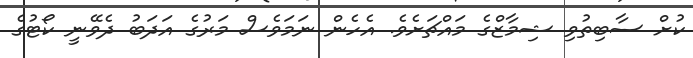
ކުށް ސާބިތުވި ޝިމާޒްގެ މައްޗަށެވެ. އެހެން ނަމަވެސް މަރުގެ އަދަބު ދެވޭނީ ކޯޓުގެ